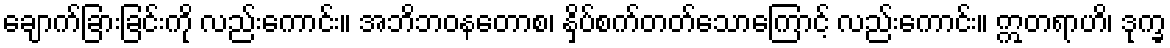
ချောက်ခြားခြင်းကို လည်းကောင်း။ အဘိဘဝနတောစ၊ နှိပ်စက်တတ်သောကြောင့် လည်းကောင်း။ ဣတရာဟိ၊ ဒုက္ခ